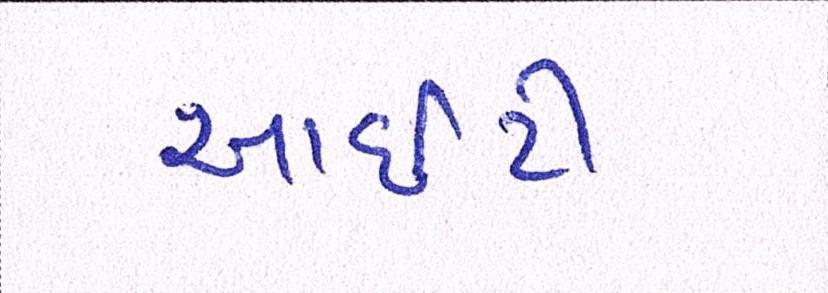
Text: આઇટી